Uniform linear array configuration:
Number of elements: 64
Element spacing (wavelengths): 0.25
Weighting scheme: binomial
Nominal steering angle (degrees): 15
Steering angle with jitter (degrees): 15.905
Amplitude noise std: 0.05
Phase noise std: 0.05

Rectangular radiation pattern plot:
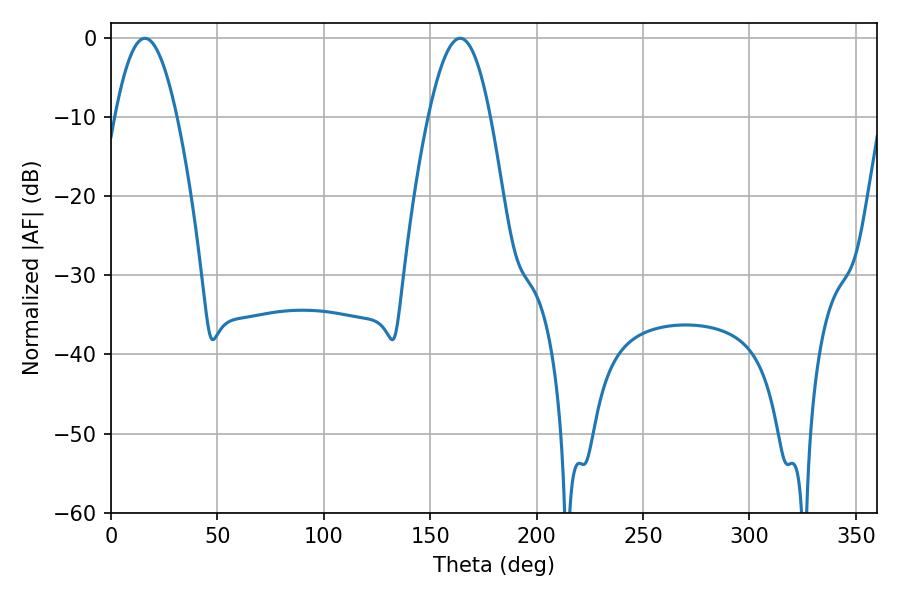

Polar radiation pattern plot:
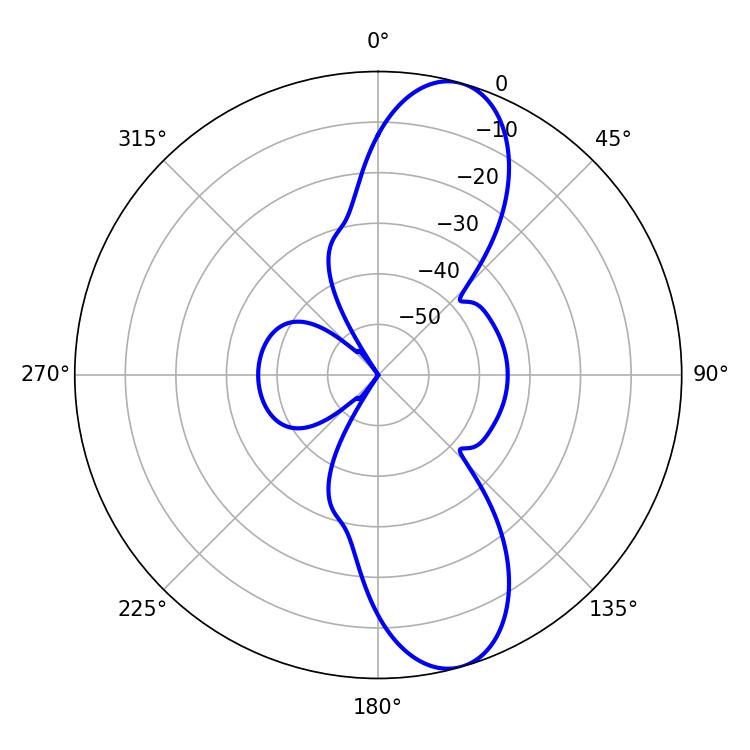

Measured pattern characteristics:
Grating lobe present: FALSE
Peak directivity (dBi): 10.824
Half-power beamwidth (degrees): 15.84
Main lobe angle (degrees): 15.84